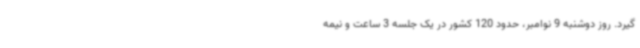
گیرد. روز دوشنبه 9 نوامبر، حدود 120 کشور در یک جلسه 3 ساعت و نیمه